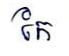
កែ